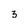
Character: 3